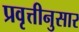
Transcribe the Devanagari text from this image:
प्रवृत्तीनुसार